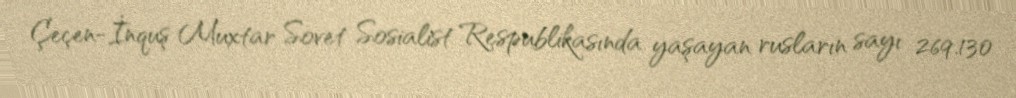
Çeçen-İnquş Muxtar Sovet Sosialist Respublikasında yaşayan rusların sayı 269.130